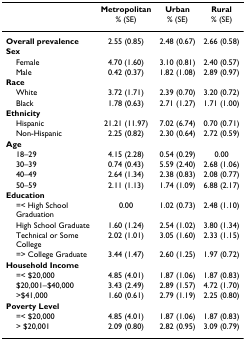
<table><thead><tr><td></td><td><b>Metropolitan</b></td><td><b>Urban</b></td><td><b>Rural</b></td></tr><tr><td></td><td><b>% (SE)</b></td><td><b>% (SE)</b></td><td><b>% (SE)</b></td></tr></thead><tbody><tr><td><b>Overall prevalence</b></td><td>2.55 (0.85)</td><td>2.48 (0.67)</td><td>2.66 (0.58)</td></tr><tr><td><b>Sex</b></td><td></td><td></td><td></td></tr><tr><td> Female</td><td>4.70 (1.60)</td><td>3.10 (0.81)</td><td>2.40 (0.57)</td></tr><tr><td> Male</td><td>0.42 (0.37)</td><td>1.82 (1.08)</td><td>2.89 (0.97)</td></tr><tr><td><b>Race</b></td><td></td><td></td><td></td></tr><tr><td> White</td><td>3.72 (1.71)</td><td>2.39 (0.70)</td><td>3.20 (0.72)</td></tr><tr><td> Black</td><td>1.78 (0.63)</td><td>2.71 (1.27)</td><td>1.71 (1.00)</td></tr><tr><td><b>Ethnicity</b></td><td></td><td></td><td></td></tr><tr><td> Hispanic</td><td>21.21 (11.97)</td><td>7.02 (6.74)</td><td>0.70 (0.71)</td></tr><tr><td> Non-Hispanic</td><td>2.25 (0.82)</td><td>2.30 (0.64)</td><td>2.72 (0.59)</td></tr><tr><td><b>Age</b></td><td></td><td></td><td></td></tr><tr><td> 18–29</td><td>4.15 (2.28)</td><td>0.54 (0.29)</td><td>0.00</td></tr><tr><td> 30–39</td><td>0.74 (0.43)</td><td>5.59 (2.40)</td><td>2.68 (1.06)</td></tr><tr><td> 40–49</td><td>2.64 (1.34)</td><td>2.38 (0.83)</td><td>2.08 (0.77)</td></tr><tr><td> 50–59</td><td>2.11 (1.13)</td><td>1.74 (1.09)</td><td>6.88 (2.17)</td></tr><tr><td><b>Education</b></td><td></td><td></td><td></td></tr><tr><td> =&lt; High School Graduation</td><td>0.00</td><td>1.02 (0.73)</td><td>2.48 (1.10)</td></tr><tr><td> High School Graduate</td><td>1.60 (1.24)</td><td>2.54 (1.02)</td><td>3.80 (1.34)</td></tr><tr><td> Technical or Some College</td><td>2.02 (1.01)</td><td>3.05 (1.60)</td><td>2.33 (1.15)</td></tr><tr><td> =&gt; College Graduate</td><td>3.44 (1.47)</td><td>2.60 (1.25)</td><td>1.97 (0.72)</td></tr><tr><td><b>Household Income</b></td><td></td><td></td><td></td></tr><tr><td> =&lt; $20,000</td><td>4.85 (4.01)</td><td>1.87 (1.06)</td><td>1.87 (0.83)</td></tr><tr><td> $20,001–$40,000</td><td>3.43 (2.49)</td><td>2.89 (1.57)</td><td>4.72 (1.70)</td></tr><tr><td> &gt;$41,000</td><td>1.60 (0.61)</td><td>2.79 (1.19)</td><td>2.25 (0.80)</td></tr><tr><td><b>Poverty Level</b></td><td></td><td></td><td></td></tr><tr><td> =&lt; $20,000</td><td>4.85 (4.01)</td><td>1.87 (1.06)</td><td>1.87 (0.83)</td></tr><tr><td> &gt; $20,001</td><td>2.09 (0.80)</td><td>2.82 (0.95)</td><td>3.09 (0.79)</td></tr></tbody></table>